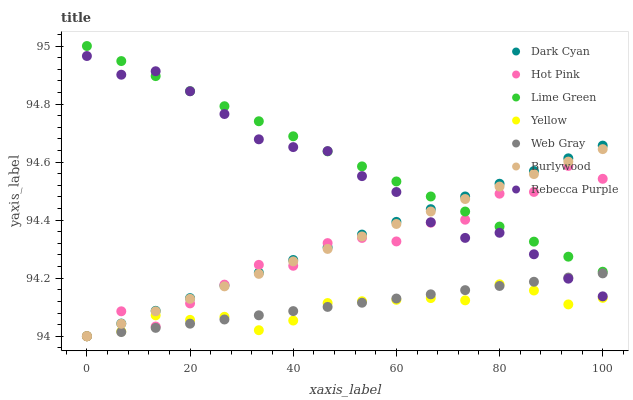
| xaxis_label | Dark Cyan | Hot Pink | Lime Green | Yellow | Web Gray | Burlywood | Rebecca Purple |
 | --- | --- | --- | --- | --- | --- | --- | --- |
 | 0 | 94 | 94 | 95 | 94 | 94 | 94 | 95 |
 | 6.67 | 94 | 94.1 | 94.9 | 94 | 94 | 94 | 94.9 |
 | 13.3 | 94.1 | 94 | 94.9 | 94.1 | 94 | 94.1 | 94.9 |
 | 20 | 94.1 | 94.1 | 94.8 | 94.1 | 94 | 94.1 | 94.8 |
 | 26.7 | 94.2 | 94.2 | 94.8 | 94.1 | 94.1 | 94.2 | 94.8 |
 | 33.3 | 94.2 | 94.2 | 94.7 | 94 | 94.1 | 94.2 | 94.7 |
 | 40 | 94.3 | 94.2 | 94.7 | 94.1 | 94.1 | 94.3 | 94.7 |
 | 46.7 | 94.3 | 94.3 | 94.6 | 94.1 | 94.1 | 94.3 | 94.6 |
 | 53.3 | 94.4 | 94.3 | 94.6 | 94.1 | 94.1 | 94.3 | 94.6 |
 | 60 | 94.4 | 94.3 | 94.5 | 94.1 | 94.1 | 94.4 | 94.5 |
 | 66.7 | 94.4 | 94.4 | 94.5 | 94.1 | 94.1 | 94.4 | 94.4 |
 | 73.3 | 94.5 | 94.4 | 94.4 | 94.1 | 94.2 | 94.5 | 94.3 |
 | 80 | 94.5 | 94.5 | 94.4 | 94.2 | 94.2 | 94.5 | 94.4 |
 | 86.7 | 94.6 | 94.5 | 94.3 | 94.2 | 94.2 | 94.6 | 94.3 |
 | 93.3 | 94.6 | 94.6 | 94.3 | 94.1 | 94.2 | 94.6 | 94.2 |
 | 100 | 94.7 | 94.5 | 94.2 | 94.1 | 94.2 | 94.6 | 94.1 |